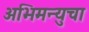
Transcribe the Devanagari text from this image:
अभिमन्युचा